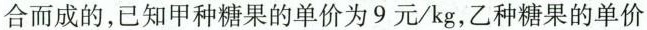
合而成的，已经甲种糖果的单价为9元/kg, 乙种糖果的单价